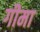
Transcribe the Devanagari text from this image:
गीमा